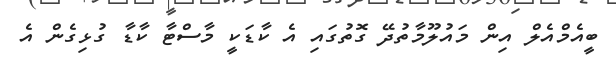
ބީއެމްއެލް އިން މައުލޫމާތުދޭ ގޮތުގައި އެ ކާޑަކީ މާސްޓާ ކާޑާ ގުޅިގެން އެ